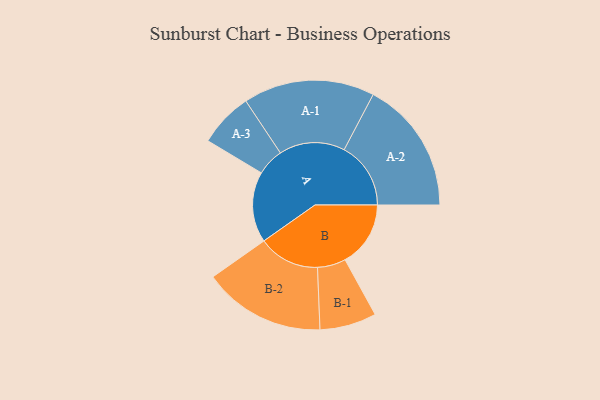
{"axis": {"x": "Segment", "y": "Value"}, "legend": ["", "A", "B"], "data": [{"x": "A", "y": 314, "type": ""}, {"x": "B", "y": 291, "type": ""}, {"x": "A-1", "y": 292, "type": "A"}, {"x": "A-2", "y": 296, "type": "A"}, {"x": "A-3", "y": 121, "type": "A"}, {"x": "B-1", "y": 126, "type": "B"}, {"x": "B-2", "y": 272, "type": "B"}]}